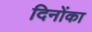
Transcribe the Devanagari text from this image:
दिनोंका